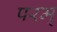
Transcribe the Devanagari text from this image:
परम्‌